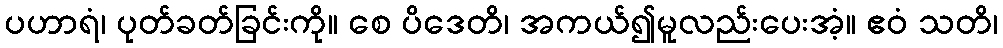
ပဟာရံ၊ ပုတ်ခတ်ခြင်းကို။ စေ ပိဒေတိ၊ အကယ်၍မူလည်းပေးအံ့။ ဧဝံ သတိ၊